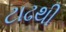
ટાઢથી